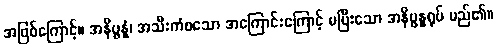
အဖြစ်ကြောင့်။ အနိပ္ဖန္နံ၊ အသီးကံစသော အကြောင်းကြောင့် မပြီးသော အနိပ္ဖန္နရုပ် မည်၏။